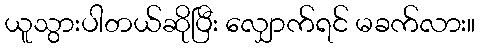
ယူသွားပါတယ်ဆိုပြီး လျှောက်ရင် မခက်လား။